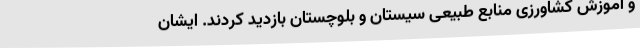
و آموزش کشاورزی منابع طبیعی سیستان و بلوچستان بازدید کردند. ایشان